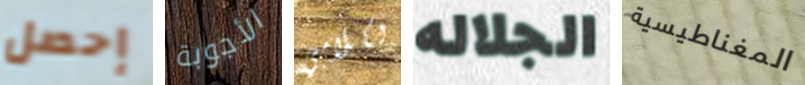
إحصل الأجوبة لكلامي الجلاله المغناطيسية